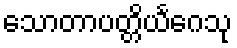
သောတာပတ္တိယင်္ဂေသု